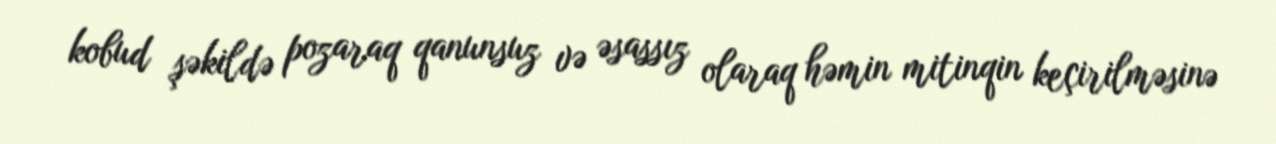
kobud şəkildə pozaraq qanunsuz və əsassız olaraq həmin mitinqin keçirilməsinə